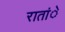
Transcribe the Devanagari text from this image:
रातांे